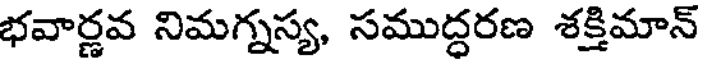
భవార్ణవ నిమగ్నస్య, సముద్ధరణ శక్తిమాన్